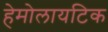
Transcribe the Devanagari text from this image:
हेमोलायटिक